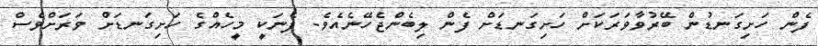
ފެން ހަށިގަނޑުން ބޭރުވާވަރަކަށް ހަށިގަނޑަށް ފެން ލިބެންޖެހޭނެއެވެ. ފެނަކީ މީހެއްގެ ހަށިގަނޑަށް ވަރަށްވެސް